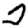
Digit: 2